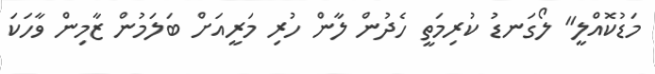
މަޑުކޮއްލީ" ލޯގަނޑު ކުރިމަތީ ހެދުން ލާން ހުރި މަރީއަށް ބަލަމުން ޒާމިން ވާހަކަ